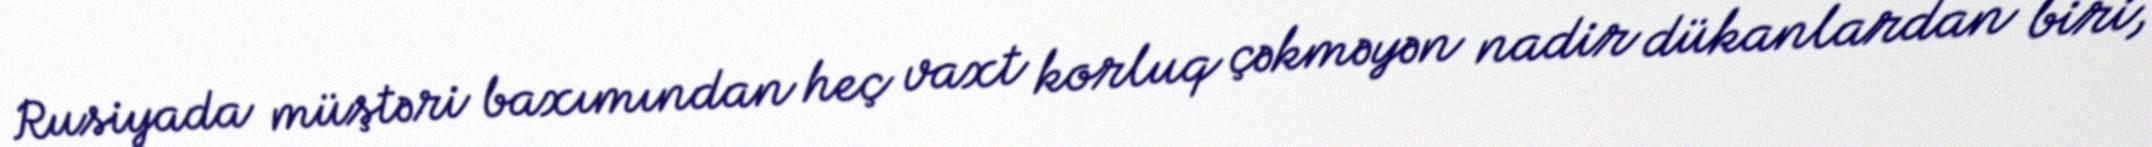
Rusiyada müştəri baxımından heç vaxt korluq çəkməyən nadir dükanlardan biri,